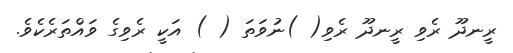
ރީނދޫ ރެވި ރީނދޫ ރެވި( )ނުވަތަ ( ) އަކީ ރެވިގެ ވައްތަރެކެވެ.